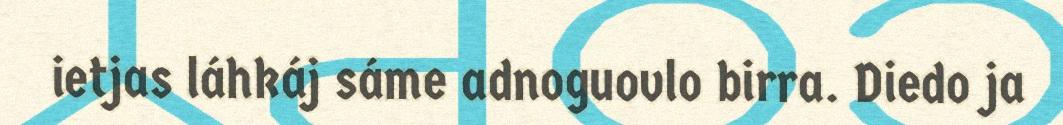
ietjas láhkáj sáme adnoguovlo birra. Diedo ja